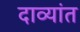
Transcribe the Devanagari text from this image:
दाव्यांत